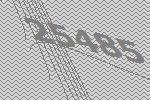
25485